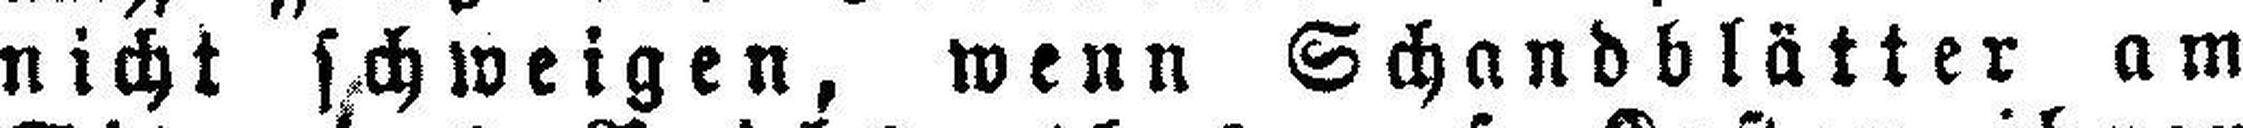
nicht schweigen, wenn Schandblätter am